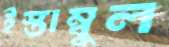
ইস্তাম্বুল